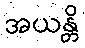
အယန္တိ